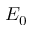
E _ { 0 }